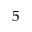
5